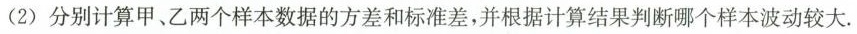
(2)分别计算甲、乙两个样本数据的方差和标准差，并根据计算结果判断哪个样本波动较大。